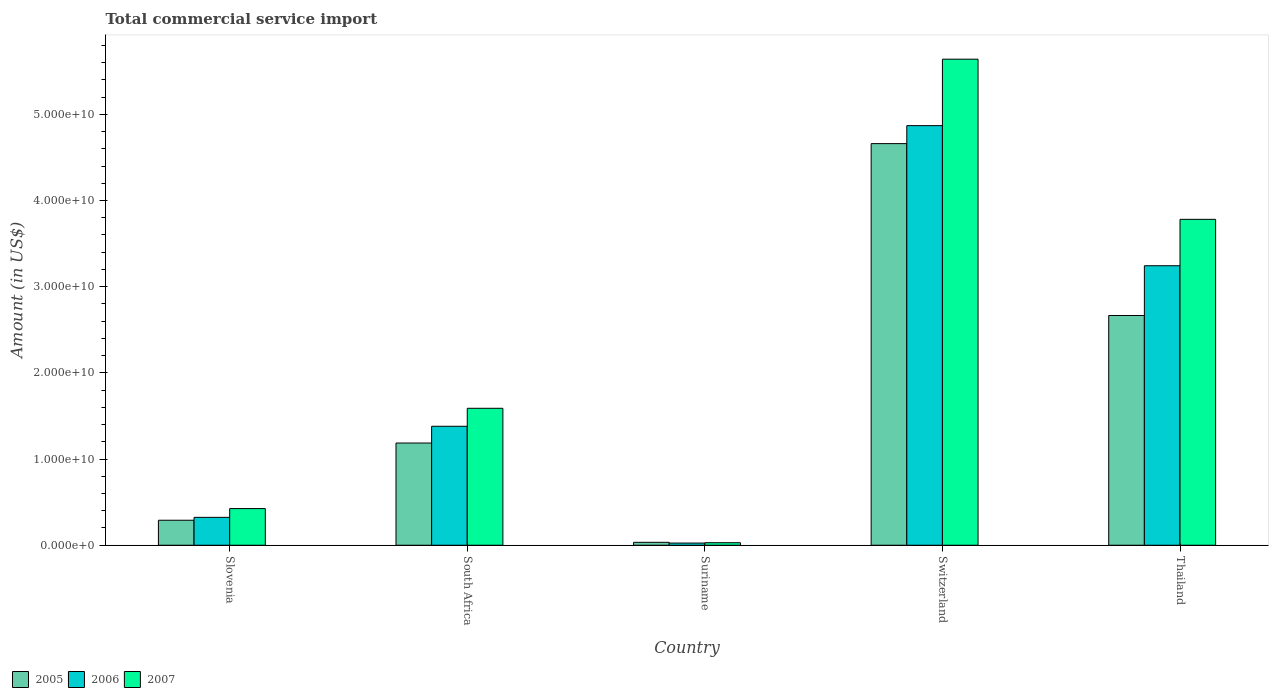
| Country | 2005 | 2006 | 2007 |
 | --- | --- | --- | --- |
 | Slovenia | 2.9e+09 | 3.24e+09 | 4.25e+09 |
 | South Africa | 1.19e+10 | 1.38e+10 | 1.59e+10 |
 | Suriname | 3.39e+08 | 2.51e+08 | 2.93e+08 |
 | Switzerland | 4.66e+10 | 4.87e+10 | 5.64e+10 |
 | Thailand | 2.67e+10 | 3.24e+10 | 3.78e+10 |